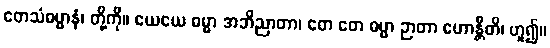
တေသံဓမ္မာနံ၊ တို့ကို။ ယေယေ ဓမ္မာ အဘိညာတာ၊ တေ တေ ဓမ္မာ ဉာတာ ဟောန္တီတိ၊ ဟူ၍။